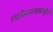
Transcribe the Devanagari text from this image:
रामचरितमानासामुळेच